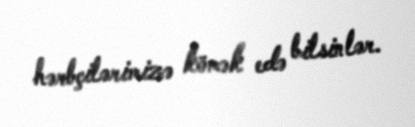
hərbçilərimizə kömək edə bilsinlər.